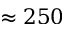
\approx 2 5 0